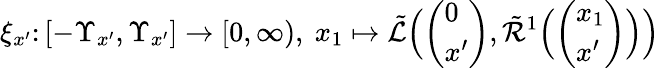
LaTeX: \xi_{x^{\prime}}\colon[-\Upsilon_{x^{\prime}},\Upsilon_{x^{\prime}}]\to[0,\infty),\ x_{1}\mapsto\tilde{\mathcal L}\Bigl(\left(\begin{array}{l}{0}\\ {x^{\prime}}\end{array}\right),\tilde{\mathcal R}^{1}\Bigl(\left(\begin{array}{l}{x_{1}}\\ {x^{\prime}}\end{array}\right)\Bigr)\Bigr)